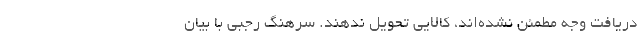
دریافت وجه مطمئن نشده‌اند، کالایی تحویل ندهند. سرهنگ رجبی با بیان